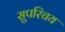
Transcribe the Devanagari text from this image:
सुपरिचय